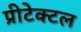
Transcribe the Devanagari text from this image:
प्रीटेक्टल